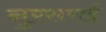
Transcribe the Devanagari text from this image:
नुरसराई